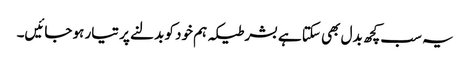
یہ سب کچھ بدل بھی سکتا ہے بشر طیکہ ہم خود کو بدلنے پر تیار ہو جائیں۔